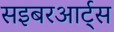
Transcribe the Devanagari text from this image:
सइबरआर्ट्स